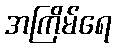
အကြိမ်ရေ